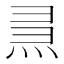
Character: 𤈗